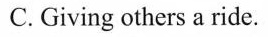
C.Giving others a ride.